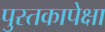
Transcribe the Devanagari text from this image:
पुस्तकापेक्षा